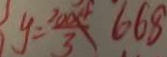
y = \frac { 2 0 0 4 } { 3 } 6 6 8